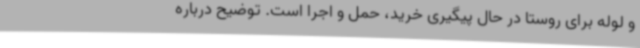
و لوله برای روستا در حال پیگیری خرید، حمل و اجرا است. توضیح درباره